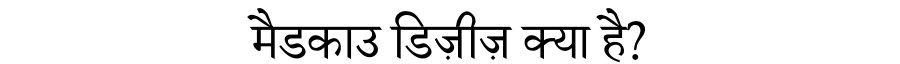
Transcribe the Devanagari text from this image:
मैडकाउ डिज़ीज़ क्या है?